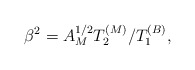
\begin{align*}\beta^2 = A_M^{1/2} T_2^{(M)}/T_1^{(B)}, \end{align*}